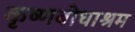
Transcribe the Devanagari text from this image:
कृष्णबोधाश्रम